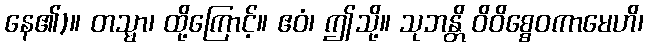
နေ၏)။ တသ္မာ၊ ထို့ကြောင့်။ ဧဝံ၊ ဤသို့။ သုဘန္တိ ဝိဝိစ္စေဝကာမေဟိ၊